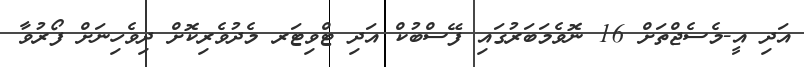
އަދި އީ-މެސެޖްތަށް 16 ނޮވެމަބަރުގައި ފޭސްބުކް އަދި ޓްވިޓަރ މެދުވެރިކޮށް ދިވެހިނަށް ފޯރުވާ